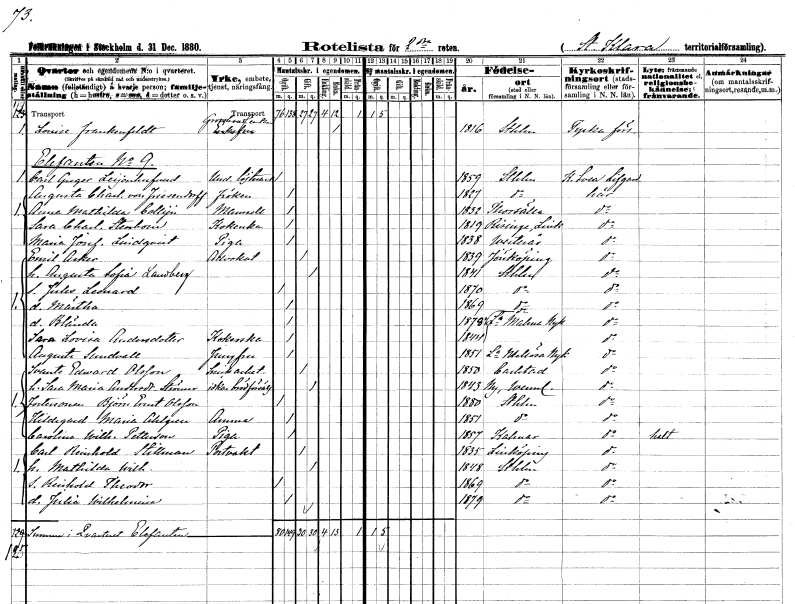
gt_parse: households: individuals: FN: Louise
EN: Frankenfeldt
YRKE: Grosshandlareänka
KON: K
CIV: E
FODAR: 1816
FODFORS: Stockholm
FN: Carl Greger
EN: Leijonhufvud
YRKE: Underlöjtnant
KON: M
CIV: O
FODAR: 1859
FODFORS: Stockholm
FN: Augusta Charlotta
EN: von Friesendorff
KON: K
CIV: O
FODAR: 1827
FODFORS: Stockholm
FN: Anna Mathilda
EN: Collijn
KON: K
CIV: O
FODAR: 1832
FODFORS: Torshälla Södermanlands län
FN: Sara Charlotta
EN: Stenbom
YRKE: Kokerska
KON: K
CIV: O
FODAR: 1819
FODFORS: Risinge Östergötlands län
FN: Maria Josefina
EN: Lindqvist
YRKE: Piga
KON: K
CIV: O
FODAR: 1838
FODFORS: Västerås Västmanlands län
FN: Emil
EN: Asker
YRKE: Advokat
KON: M
CIV: G
FODAR: 1839
FODFORS: Jönköping Jönköpings län
FN: Augusta Sofia
EN: Landberg
KON: K
CIV: G
FODAR: 1841
FODFORS: Stockholm
FN: Jules Leonard
KON: M
CIV: O
FODAR: 1870
FODFORS: Stockholm
FN: Märtha
KON: K
CIV: O
FODAR: 1869
FODFORS: Stockholm
FN: Blända
KON: K
CIV: O
FODAR: 1878
FODFORS: Stockholm
FN: Sara Lovisa
EN: Andersdotter
YRKE: Kokerska
KON: K
CIV: O
FODAR: 1844
FODFORS: Lilla Malma Södermanlands län
FN: Augusta
EN: Sundvall
YRKE: Jungfru
KON: K
CIV: O
FODAR: 1851
FODFORS: Lilla Mellösa Södermanlands län
FN: Svante Edward
EN: Olsson
YRKE: Snickeriarbetare
KON: M
CIV: G
FODAR: 1850
FODFORS: Karlstad Värmlands län
FN: Sara Maria
EN: Andersdotter Strömer
YRKE: Brödförsäljerska
KON: K
CIV: G
FODAR: 1843
FODFORS: Ny Värmlands län
FN: Björn Ernst
EN: Olsson
KON: M
CIV: O
FODAR: 1880
FODFORS: Stockholm
FN: Hildegard Maria
EN: Ahlgren
YRKE: Amma
KON: K
CIV: O
FODAR: 1851
FODFORS: Stockholm
FN: Carolina Wilhelmina
EN: Pettersson
YRKE: Piga
KON: K
CIV: O
FODAR: 1857
FODFORS: Kalmar Kalmar län
FN: Carl Reinhold
EN: Stillman
YRKE: Portvakt
KON: M
CIV: G
FODAR: 1835
FODFORS: Linköping Östergötlands län
FN: Mathilda Wilhelmina
KON: K
CIV: G
FODAR: 1848
FODFORS: Stockholm
FN: Reinhold Theodor
KON: M
CIV: O
FODAR: 1869
FODFORS: Stockholm
FN: Julia Wilhelmina
KON: K
CIV: O
FODAR: 1879
FODFORS: Stockholm